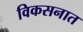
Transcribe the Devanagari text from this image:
विकसनात